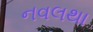
નવલથા